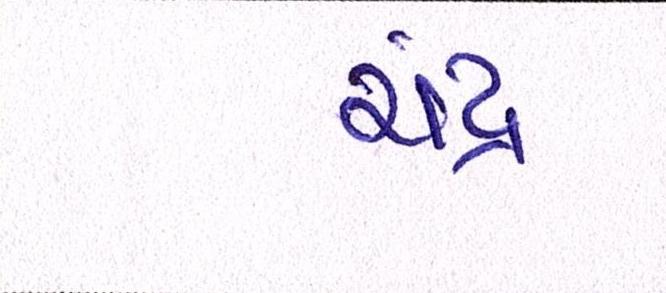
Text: ચંદ્ર